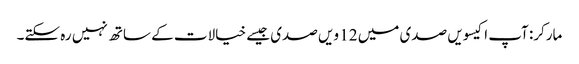
مارکر: آپ اکیسویں صدی میں 12 ویں صدی جیسے خیالات کے ساتھ نہیں رہ سکتے۔